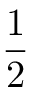
\frac { 1 } { 2 }